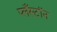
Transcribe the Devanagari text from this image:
प्लँस्टॉन